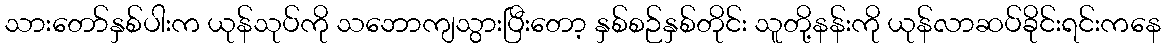
သားတော်နှစ်ပါးက ယုန်သုပ်ကို သဘောကျသွားပြီးတော့ နှစ်စဉ်နှစ်တိုင်း သူတို့နန်းကို ယုန်လာဆပ်ခိုင်းရင်းကနေ